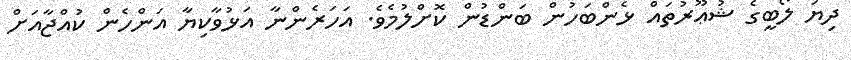
ދިޔަ ލޯބީގެ ޝުޢޫރުތައް ޅެންބަހުން ބަންޑުން ކޮށްލުމެވެ. އަހަރެންނާ އަޅުވާކިޔާ އަންހެން ކުއްޖާއަށް